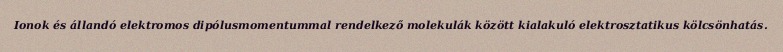
Ionok és állandó elektromos dipólusmomentummal rendelkező molekulák között kialakuló elektrosztatikus kölcsönhatás.